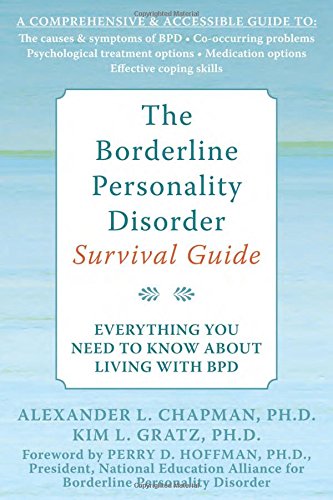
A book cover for The Borderline Personality Disorder Survival Guide: Everything You Need to Know About Living with BPD; Alex L. Chapman; Health, Fitness & Dieting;